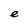
Character: e